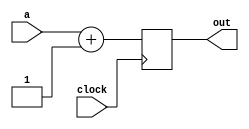
`timescale 1ns / 1ns

module adder
(
   input clock,
	input [15:0] a,
	output reg [15:0] out
);

always @ (posedge clock) begin
			out <= a + 1;
	end


endmodule